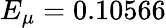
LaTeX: E_{\mu}=0.10566